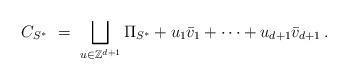
LaTeX: \begin{align*}C_{S^{\ast}} \ = \ \bigsqcup _{u\in \mathbb{Z}^{d+1}}\Pi _{S^{\ast}} +u_1\bar{v}_1+\cdots +u_{d+1}\bar{v}_{d+1} \, .\end{align*}